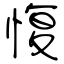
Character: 愎